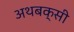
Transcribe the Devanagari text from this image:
अथबक्सी